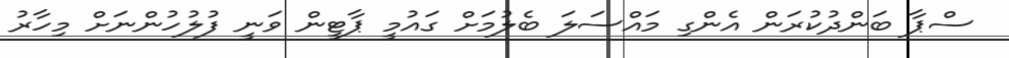
ސްޕާ ބަންދުކުރަން އެންގި މައްސަލަ ބެލުމަށް ގައުމީ ޕާޓީން ވަނީ ފުލުހުންނަށް މިހާރު